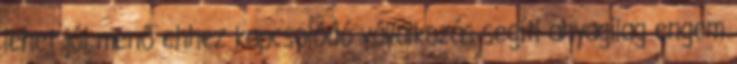
lehet jól menő ehhez kapcsolódó vállalkozás segí­ti anyagilag engem